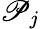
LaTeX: \mathscr{P}_{j}